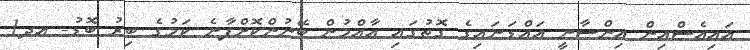
އައިއެސްއިން އިންސާނީ އައްޑަނައިގެ ގޮތުގައި އާއްމުން ބޭނުންކޮށްފާނެ ކަމުގެ ބިރު ބޮޑު- އދ1